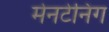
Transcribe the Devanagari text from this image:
मेनटेनिंग